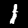
Label: 1